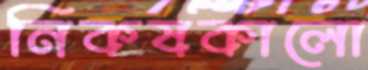
নিকষকালো